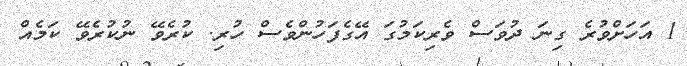
1 އަހަަށްވުރެ ގިނަ ދުވަސް ވެރިކަމުގަ އޭގެފަހުންވެސް ހުރި. ކުރެވޭ ނުކުރެވޭ ކަމެއް